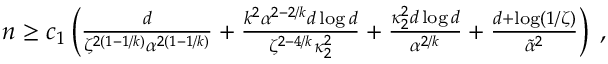
\begin{array} { r } { n \geq c _ { 1 } \left( \frac { d } { \zeta ^ { 2 ( 1 - 1 / k ) } \alpha ^ { 2 ( 1 - 1 / k ) } } + \frac { k ^ { 2 } \alpha ^ { 2 - 2 / k } d \log d } { \zeta ^ { 2 - 4 / k } \kappa _ { 2 } ^ { 2 } } + \frac { \kappa _ { 2 } ^ { 2 } d \log d } { \alpha ^ { 2 / k } } + \frac { d + \log ( 1 / \zeta ) } { \tilde { \alpha } ^ { 2 } } \right) \; , } \end{array}